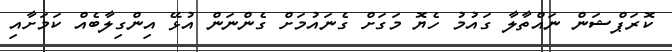
ކޮރަޕްޝަން ނައްތާލާ ގައުމު ހެޔޮ މަގަށް ގެނައުމަށް ގެންނަން އުޅޭ އިންގިލާބެއް ކަމަށާއި